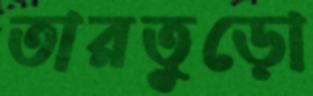
তারতুড়ো